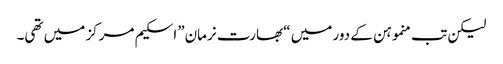
لیکن تب منموہن کے دور میں “بھارت نرمان”اسکیم مرکز میں تھی۔